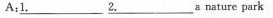
A：\underline{1.} \underline{2.}a nature park